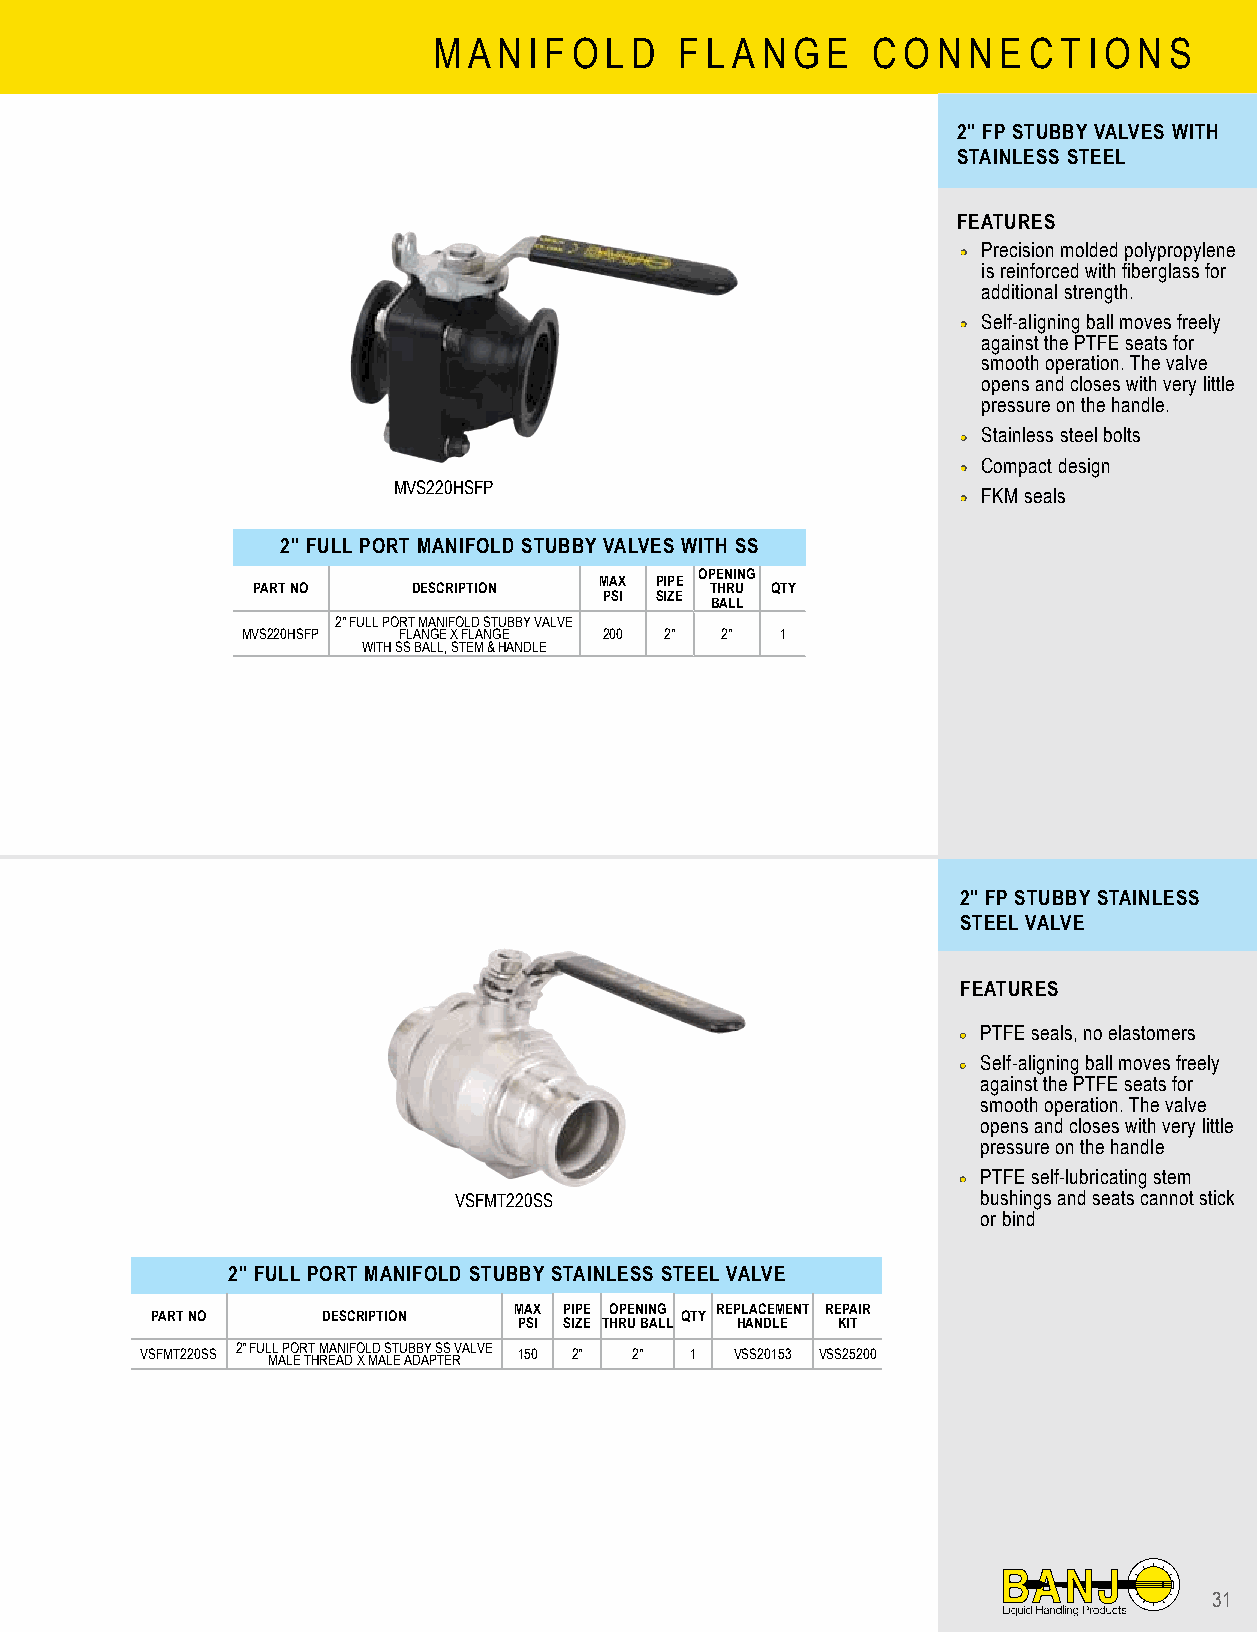
M A N I F O L D F L A N G E  C O N N E C T I O N S
 2" FP STUBBY VALVES WITH
 STAINLESS STEEL
 FEATURES
 •• Precision molded polypropylene
 is reinforced with fiberglass for
 additional strength.
 •• Self-aligning ball moves freely
 against the PTFE seats for
 smooth operation. The valve
 opens and closes with very little
 pressure on the handle.
 •• Stainless steel bolts
 •• Compact design
 MVS220HSFP
 •• FKM seals
 2" FULL PORT MANIFOLD STUBBY VALVES WITH SS
 OPENING
 MAX PIPE
 PART NO   DESCRIPTION         THRU QTY
 PSI SIZE
 BALL
 2" FULL PORT MANIFOLD STUBBY VALVE
 MVS220HSFP FLANGE X FLANGE 200 2" 2" 1
 WITH SS BALL, STEM & HANDLE
 2" FP STUBBY STAINLESS
 STEEL VALVE
 FEATURES
 •• PTFE seals, no elastomers
 •• Self-aligning ball moves freely
 against the PTFE seats for
 smooth operation. The valve
 opens and closes with very little
 pressure on the handle
 •• PTFE self-lubricating stem
 VSFMT220SS                         bushings and seats cannot stick
 or bind
 2" FULL PORT MANIFOLD STUBBY STAINLESS STEEL VALVE
 MAX PIPE OPENING REPLACEMENT REPAIR
 PART NO    DESCRIPTION             QTY
 PSI SIZE THRU BALL HANDLE KIT
 VSFMT220SS 2" FUL ML A P LO ER TT H M REA AN DIF O X L MD A S LT EU AB DB AY P S TS E RVALVE 150 2" 2" 1 VSS20153 VSS25200
 31